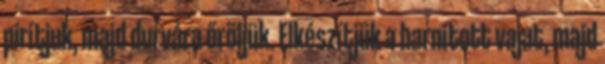
pirítjuk, majd durvára őröljük. Elkészítjük a barnított vajat, majd